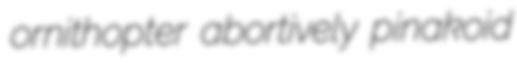
ornithopter abortively pinakoid